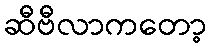
ဆီဗီလာကတော့